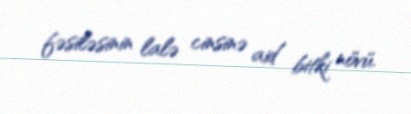
fəsiləsinin lalə cinsinə aid bitki növü.